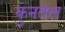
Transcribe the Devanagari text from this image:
कुनतल